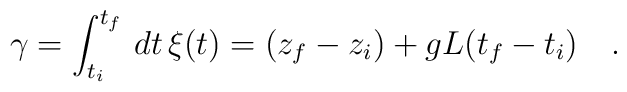
\gamma=\int_{t_i}^{t_f}\,dt\,\xi(t)=(z_f-z_i)+gL(t_f-t_i)\ \ \ .